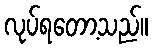
လုပ်ရတော့သည်။